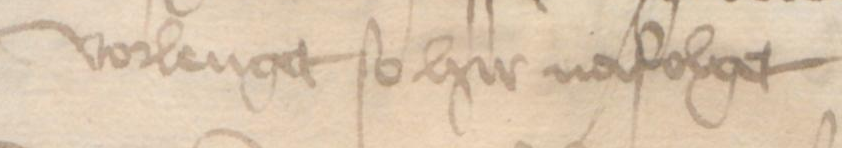
vorlenget so hir nafolget